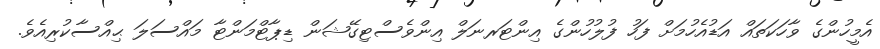
އެމީހުންގެ ވާހަކަތައް އަޑުއެހުމަށް ފަހު ފުލުހުންގެ އިންޓަރނަލް އިންވެސްޓިގޭޝަން ޑިޕާޓްމަންޓާ މައްސަލަ ޙިއްސާކުރިއެވެ.